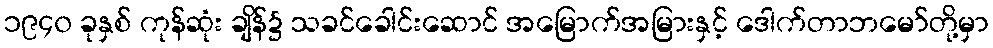
၁၉၄၀ ခုနှစ် ကုန်ဆုံး ချိန်၌ သခင်ခေါင်းဆောင် အမြောက်အမြားနှင့် ဒေါက်တာဘမော်တို့မှာ